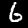
Label: 6